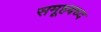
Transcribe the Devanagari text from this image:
समूहबध्द